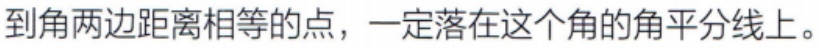
到角两边距离相等的点，一定落在这个角的角平分线上。